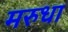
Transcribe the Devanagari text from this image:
मरुधा